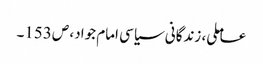
عاملی، زندگانی سیاسی امام جواد، ص153۔